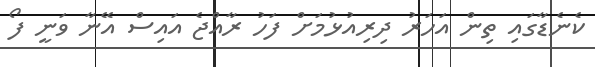
ކެނެޑާގައި ތިން އަހަރު ދިރިއުޅުމަށް ފަހު ރާއްޖެ އައިސް އޭނާ ވަނީ ފޯ